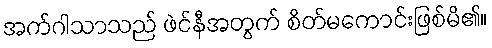
အက်ဂါသာသည် ဖဲင်နီအတွက် စိတ်မကောင်းဖြစ်မိ၏။